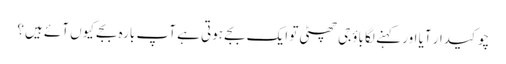
چوکیدار آیا اور کہنے لگا باؤجی چھٹی تو ایک بجے ہوتی ہے آپ بارہ بجے کیوں آئے ہیں؟